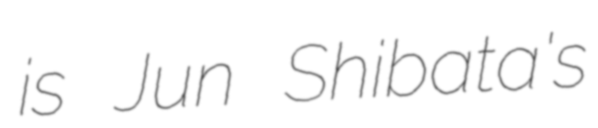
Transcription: is Jun Shibata's